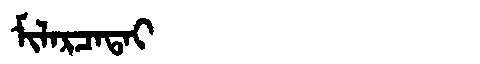
Manchu: ᠮᡳᠯᠠᡵᠴᠠᡨᠠᡳ
Romanization: MILARCATAI